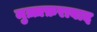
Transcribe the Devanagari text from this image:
मुज़्ज़फ़राबाद